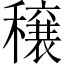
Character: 穣